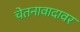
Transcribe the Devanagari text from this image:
चेतनावादावर